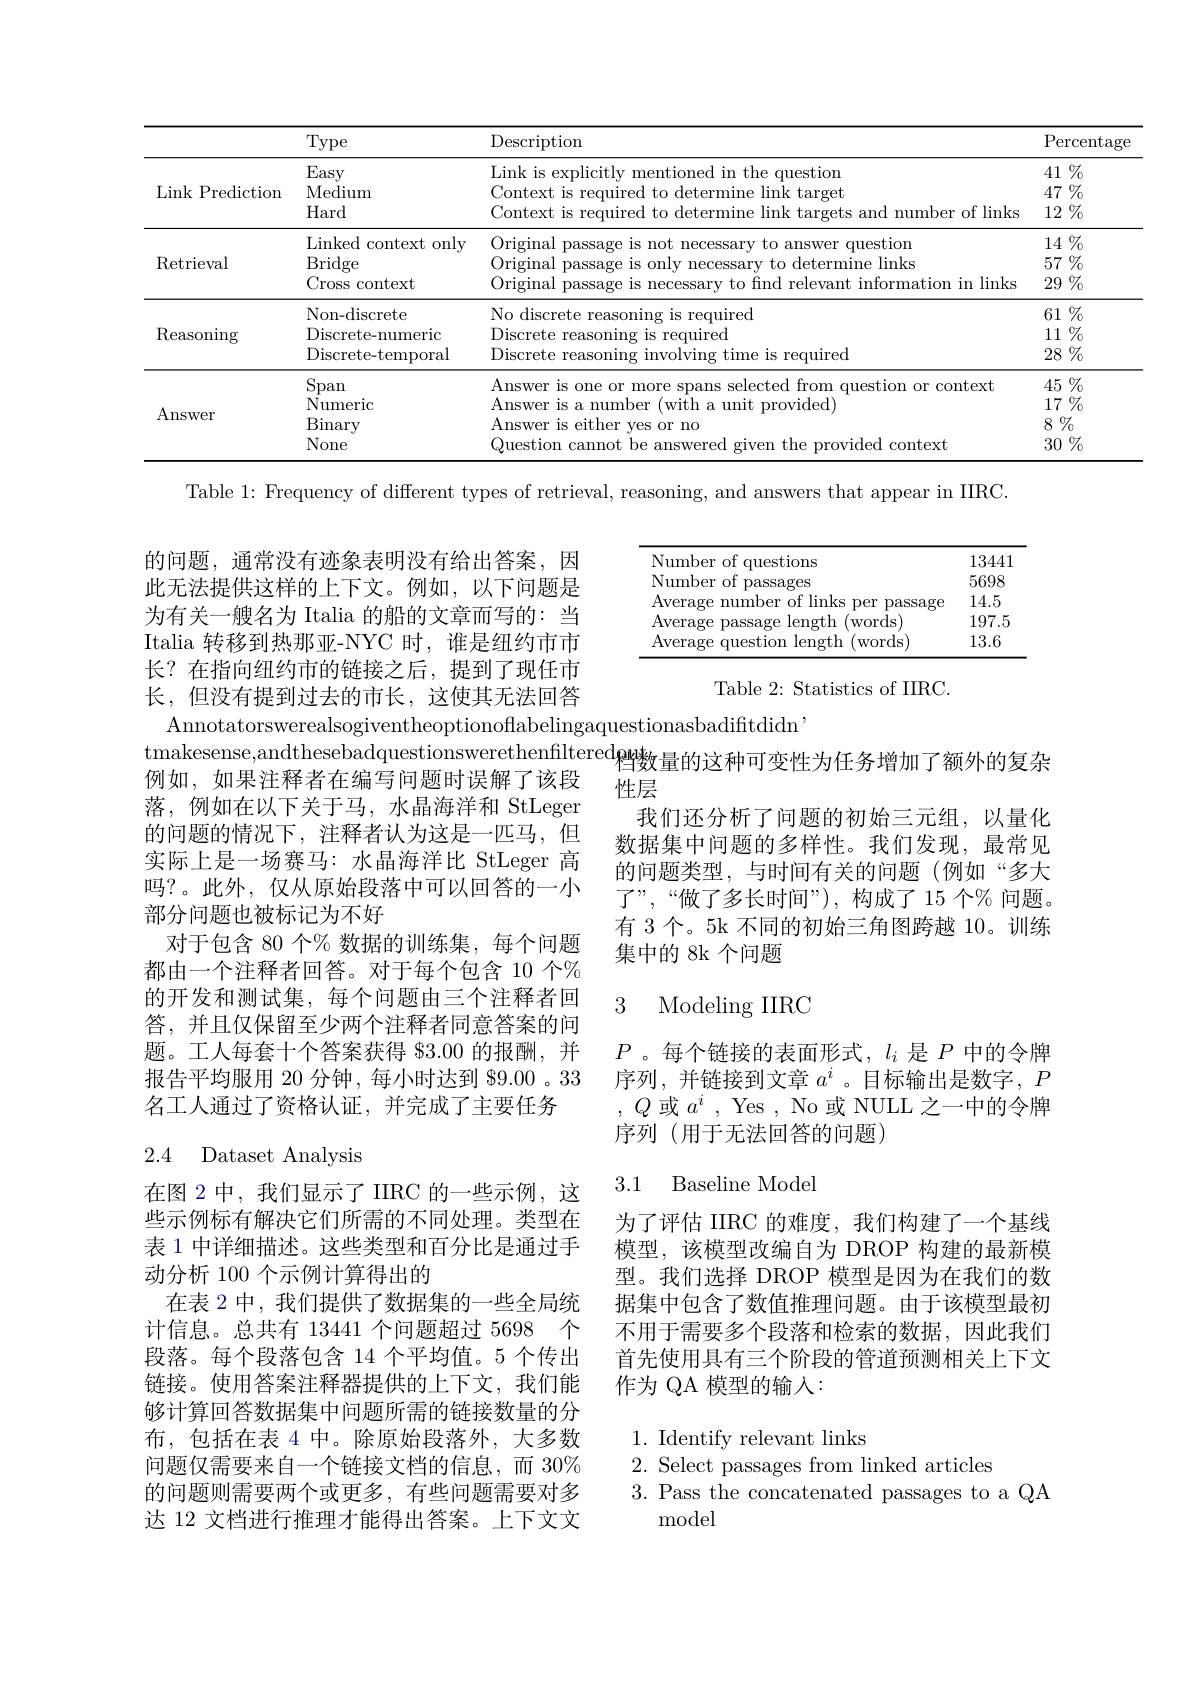
<table>
	<tbody>
		<tr>
			<th> </th>
			<th>Type</th>
			<th>Description</th>
			<th>$\operatorname{Percentag}$</th>
		</tr>
		<tr>
			<td>Link Prediction</td>
			<td>Easy Medium Hard</td>
			<td>Link is explicitly mentioned in the question Context is required to determine link target Context is required to determine link targets and number of links</td>
			<td>$41\%$ $47\%$ $12\%$</td>
		</tr>
		<tr>
			<td>Retrieval</td>
			<td>Linked context only Bridge Cross context</td>
			<td>Original passage is not necessary to answer question Original passage is only necessary to determine links Original passage is necessary to find relevant information in links</td>
			<td>$14\%$ $57\%$ $29\%$</td>
		</tr>
		<tr>
			<td>$\operatorname{Reasoning}$</td>
			<td>Non-discrete Discrete- numeric Discrete- temporal</td>
			<td>No discrete reasoning is required Discrete reasoning is required Discrete reasoning involving time is required</td>
			<td>$61\%$ $11\%$ $28\%$</td>
		</tr>
		<tr>
			<td>Answer</td>
			<td>Span Numeric Binary None</td>
			<td>Answer is one or more spans selected from question or context Answer is a number (with a unit provided) Answer is either yes or no Question cannot be answered given the provided context</td>
			<td>$45\%$ $17\%$ $8\%$ $30\%$</td>
		</tr>
	</tbody>
</table>

Table 1: Frequency of different types of retrieval, reasoning, and answers that appear in IIRC.

<FigureHere>

的问题，通常没有迹象表明没有给出答案，因此无法提供这样的上下文。例如，以下问题是为有关一艘名为 Italia 的船的文章而写的：当Italia 转移到热那亚-NYC 时，谁是纽约市市长？在指向纽约市的链接之后，提到了现任市长，但没有提到过去的市长，这使其无法回答

Table 2: Statistics of IIRC.

Annotatorswerealsogiventheoptionoflabelingaquestionasbadifitdidn'
tmakesense,andthesebadquestionswerethenfiltered档 数 量 的 这 种 可 变 性 为 任 务 增 加 了 额 外 的 复 杂
落，例如在以下关于马，水晶海洋和 StLeger 的问题的情况下，注释者认为这是一匹马，但实际上是一场赛马：水晶海洋比 StLeger 高吗？。此外，仅从原始段落中可以回答的一小部分问题也被标记为不好
对于包含 80 个% 数据的训练集，每个问题都由一个注释者回答。对于每个包含 10 个% 的开发和测试集，每个问题由三个注释者回答，并且仅保留至少两个注释者同意答案的问题。工人每套十个答案获得 83.00 的报酬，并报告平均服用 20 分钟，每小时达到 89.00 。33名工人通过了资格认证，并完成了主要任务

性层
我们还分析了问题的初始三元组，以量化数据集中问题的多样性。我们发现，最常见的问题类型，与时间有关的问题(例如“多大了”,“做了多长时间”),构成了15个%问题。有 3 个。5k 不同的初始三角图跨越 10。训练集中的 8k 个问题

### 3 Modeling IIRC

$P$ 。每个链接的表面形式，$l_i$是$P$中的令牌序列，并链接到文章$a^i$ 。目标输出是数字，$P$ $,Q$或$a^i$, Yes , No 或 NULL 之一中的令牌序列(用于无法回答的问题)

### 2.4 Dataset Analysis

### 3.1 Baseline Model

为了评估 IIRC 的难度，我们构建了一个基线模型，该模型改编自为 DROP 构建的最新模型。我们选择 DROP 模型是因为在我们的数据集中包含了数值推理问题。由于该模型最初不用于需要多个段落和检索的数据，因此我们首先使用具有三个阶段的管道预测相关上下文作为 QA 模型的输入：

在图 2 中，我们显示了 IIRC 的一些示例，这些示例标有解决它们所需的不同处理。类型在表 1 中详细描述。这些类型和百分比是通过手动分析 100 个示例计算得出的
在表 2 中，我们提供了数据集的一些全局统计信息。总共有 13441 个问题超过 5698 个段落。每个段落包含 14 个平均值。5 个传出链接。使用答案注释器提供的上下文，我们能够计算回答数据集中问题所需的链接数量的分布，包括在表 4 中。除原始段落外，大多数问题仅需要来自一个链接文档的信息，而 30% 的问题则需要两个或更多，有些问题需要对多达 12 文档进行推理才能得出答案。上下文文

1. Identify relevant links
2. Select passages from linked articles
3. Pass the concatenated passages to a QA
model